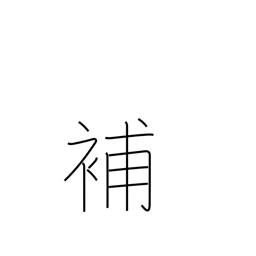
Meaning: supplement